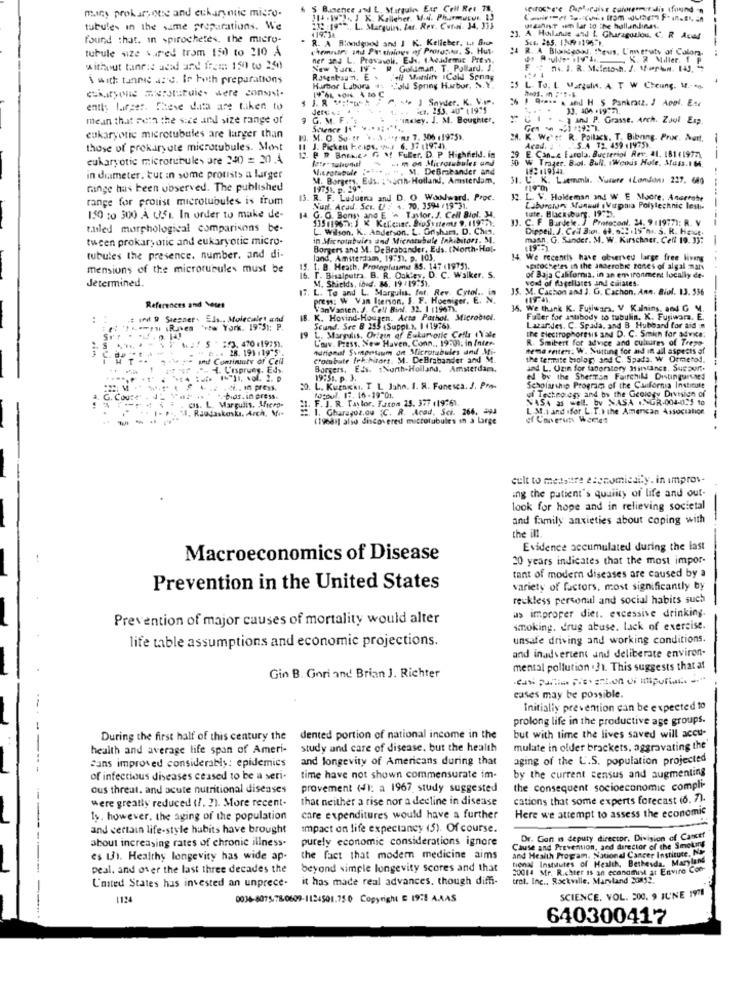
mains prokary otse and eukaryotic micro-
$ Bumener and L. Murgul Eur _Crit Ret 78.
114 - 19"1 ., J K. Kelleher. V.il. Pharmacut 13
tubules in the same preparations. We
415 :19 **., L. Marquin, lat. Rev. Cut-ni. 34, 353
119.38
szanIT sen lar to the hullandinas.
found that. in spirochetes, the micro-
R. A Bloodgood and J K. Kelicher, ts Bru-
23. A Hoilife and L Gharagozlou. C. R. Aved
Sus. 285. 13.9 .196.1.
tubule size varel trom 150 to 210 A
chemiars ind Preinlogs of Protesta. S. Hut-
:4 R. A Blogon, theus, L'neraty of Colors,
----
ner and L. Provasoli. EJ. (Academic Press,
K. 2 Miller. 1 P
without tanris acad and from: 150 to 250
New York, IV - R Goldman. T. Pollard. J.
24. J. R. Maletosh. J. 1erton. 14J.
\ with tannic a: c. Ir both preparations
cukaryonie meratutules were consist-
Huurbor Labora 4- Cold Spring Harbor, N.Y.
:5 L. To. L. Margulw. A. T W Cheung. W .- no.
J. R .:!- w
P. 14 ) Sayder. K. V.I ..
ently larger. Theve data are Liked to
Jerez
PC. 253. 4U" ( 1975
33. 306 .19971.
mean that meth the sice and size range of
G. M. F."
isley. J. M. Boughter.
- 1 and P. Grasse. Arch. Zuol Exp.
eukaryotic microtubules are larger than
13. M. O. So. tr ' .. 3. "I'm: 7. 306 119:5).
24.
We''e R. Poilack. T. Bibong. Proc. Murt.
those of prokaryote microtubules. Most
11 J. Picken F.e.IDs. M.f 6. 37 (1974).
Acad. ; . S.A 12 499 11975).
E. Can.e Farola. Bucteriol Rev. 41, 18141977)
eukaryotic microtubule, are 240 = 30.4
P & Bnia.e. G &f Fuler. D. P Highfield. in
.i m on Microtubules and
W Trager. Biol. Bull. Weikis Hole. Muss.1 64.
-. M. DeBrabander and
in diameter. tur in some protists a larger
M. Borgers, Eds. : \anh-Holland, Amsterdam,
31. C. K. Luemela. Numere (London: 227. 64g
range has been observed. The published
19751. p. 19".
range for prolist microtubules is from
R. F. LuJuana and D. O Wandward. Proc.
12. L. V. Holdeman and W E Moore, Anarrate
Nur. Acad. Seu. U/ / 1. 70. 3594 ( 19 31.
Laboratory Munaul Verpnia Polytechnic lesti-
150 to 300 A U.51. In order to make de-
14 G. O. Bonsy and E '^ Tavlor. J. Cell Biol. 34.
13511967: 1 K Kelenne. BioSystems 9, 11937).
. C. F Burdele. ] Protocool. 24. 9 11977): R. V
tute, Blacksburg. 19723.
--------
tailed morphological comparisons be-
L. Wilson, K. Anderson. L. Grisham. D. Cha.
Dippell. J. Cell Biol. 68. 022 .19 h1. 5. R. Heit.
tween prokaryotic and eukaryotic micro-
in Microtubules and Microtubule Inhibitors. M.
maan, G. Sander. M. W. Kirschner, Ceff 19. 33:
-
Borgers and M. De Brabander, Eds. (North-Hol-
tubules the presence. number, and di-
land, Amsterdam, 19:5), p. 103.
14. We recently have observed large free liveng
mensions of the microtubules must be
15. t. B. Heath, Protophusand 85. 147 (1975).
15.
spatochetes in the anaerobic zones of algal mars
Jetermined.
16. F. Bisalpetra. B. R. Oakley, D. C. Walker. S.
16 .
M. Shields, ibud. 86. 19:19:51.
vont of flagellaces and ciliates.
of Baja California, in an environment locally de-
17. L. To and L. Margulis, fot. Rev. Cytol .. in
35. M. Cachon and J. G. Cachon. Ann. Biol. 13. 536
press: W Van Iterson. S. F. Hoeniger, E. N.
References and Yetrt
VanVanten. J. Cell Bil. 32. 1 11967).
15. We thank K. Fujiwara, V Kalning, and G M.
..
: In . Siesner Els .. Molecalet andd
18. K. Hovind-Hougen. Acta Pathol. Microbiel.
Faller for antibody to tubulin. K. Fujiwara. E.
-mru Riken 'vew York. 19-51; P.
Seund. See 8 253 (Suppl.3. 1 (1976).
L. Margulis, Origin of Eukaryotic Cells (Vale
Latardes. C. Spada, and B Hubbard for aid ==
the electrophoresis and D. C. Smich for advice;
M/ S :3. 470.1975).
19
L'av. Press. New Haven, Conn ., 19999: in Inter-
R. Smibert for advice and cultures of Treze
Hurional Symposium on Microtubules and Mi-
nema eriten. W. Nulting for and in all aspects of
und Continuity of Cell
Croisbute frichitars. M. DeBrabander and M.
the termite biolog; and C. Spada. W Ormerod.
4. Ursprung, Ed>.
Borgers, Eds. : North-Holland, Amsterdam.
and L. Uzin for fadorstory Minlancs. SuEDun.
19:51. p. 3.
ed by the Sherron Fairchild Distinguished
Ci. . in press.
30. L. KUmaKNI. T L Jahn. I. R. Fonessa. J. Pro-
ul Techeo egy and by the Geology Division of
Scholarship Program of the Cafornia Institute
G. Cous
els. L. Margulis, Micro-
-bias. in press.
F. J. R. Taylor, Faxom 25. 377 .19761.
logoul. 17. 16 -19"01.
NAS4 as well. by NASA .. NGR-004-025 to
Rundtaskoska. Arch. Mi+
:. 1. Gharagoz.ou (C. R. Acad, Sci. 266, ya
L.M.1 and iffor L. T.) the American Association
(19681] also discovered microtubules in a Large
of Coverun Weeds
----------- ----
cult to medsitre economicdily. in improv-
ing the patient's quality of life and out-
look for hope and in relieving societal
and family anxieties about coping with
the ill
Evidence accumulated during the last
Macroeconomics of Disease
20 years indicates that the most impor-
tant of modern diseases are caused by a
Prevention in the United States
variety of factors, most significantly by
reckless personal and social habits such
Prevention of major causes of mortality would alter
as improper dier. excessive drinking.
smoking. drug abuse. Lack of exercise.
life table assumptions and economic projections.
unsafe driving and working conditions.
and inadvertent and deliberate environ-
mental pollution . 31. This suggests that af
Gin B. Gori and Brian J. Richter
eases may be possible.
Initially prevention can be expected to
prolong life in the productive age groups.
During the first half of this century the
dented portion of national income in the
but with time the lives saved will accu-
health and average life span of Ameri-
study and care of disease. but the health
mulate in older brackets, aggravating the
Sans improved considerably: epidemics
and longevity of Americans during that
aging of the L'.S. population projected
of infectious diseases ceased to be a seri-
time have not shown commensurate im-
by the current census and augmenting
ous threat, and acute nutritional diseases
provement (): a 1967 study suggested
the consequent socioeconomic compli-
were greatly reduced ( !. 2). More recent-
that neither a rise nor a decline in disease
cations that some experts forecast (6. 7).
15. however, the aging of the population
care expenditures would have a further
Here we attempt to assess the economic
and certain life-style habits have brought
Impact on life expectancy (5). Of course.
about increasing rates of chronic illness-
purely economic considerations ignore
Dr. Gon a deputy director. Division of Cancer
Cause and Prevention, and director of the Smoking
and Health Progam. National Cancer Institute, No
es 13). Healthy longevity has wide ap-
the fact that modem medicine aims
tional Institutes of Health, Bethesda. Maryland
peal, and over the last three decades the
beyond simple longevity scores and that
20014 Mr. R.chter is an economist at Enviro Con
it has made real advances, though diffi-
trol. Inc ., Rockville, Maryland SOM12.
L'anted States hus invested an unprece-
1124
0038-8075-78-0609-1124501.750 Copyright E 1978 A.AAS
SCIENCE, VOL. 200. 9 JUNE 1971
640300417